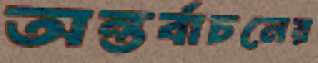
অন্তর্বাচনের